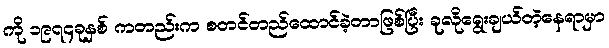
ကို ၁၉၇၄ခုနှစ် ကတည်းက စတင်တည်ထောင်ခဲ့တာဖြစ်ပြီး ခုလိုရွေးချယ်တဲ့နေရာမှာ